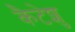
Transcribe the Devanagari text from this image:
कैटेशु